Indian journal of veterinary science and animal husbandry - Volume 12,
Year: 1942
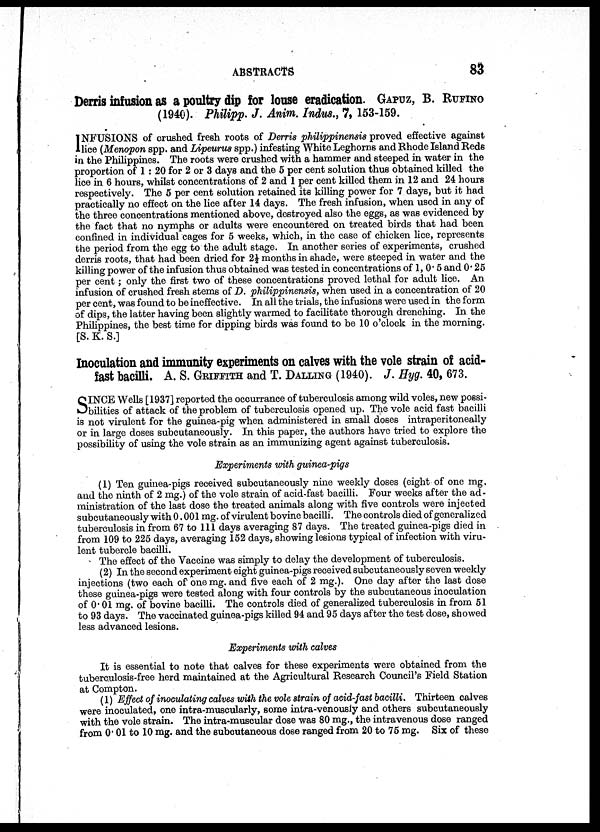
ABSTRACTS
83
Derris infusion as a poultry dip for louse eradication. GAPUZ, B. RUFINO
(1940). Philipp. J. Anim. Indus., 7, 153-159.
I NFUSIONS of crushed fresh roots of Derris philippinensis proved effective against
lice (Menopon spp. and Lipeurus spp.) infesting White Leghorns and Rhode Island Reds
in the Philippines. The roots were crushed with a hammer and steeped in water in the
proportion of 1 : 20 for 2 or 3 days and the 5 per cent solution thus obtained killed the
lice in 6 hours, whilst concentrations of 2 and 1 per cent killed them in 12 and 24 hours
respectively. The 5 per cent solution retained its killing power for 7 days, but it had
practically no effect on the lice after 14 days. The fresh infusion, when used in any of
the three concentrations mentioned above, destroyed also the eggs, as was evidenced by
the fact that no nymphs or adults were encountered on treated birds that had been
confined in individual cages for 5 weeks, which, in the case of chicken lice, represents
the period from the egg to the adult stage. In another series of experiments, crushed
derris roots, that had been dried for 2½ months in shade, were steeped in water and the
killing power of the infusion thus obtained was tested in concentrations of 1, 0.5 and 0.25
per cent; only the first two of these concentrations proved lethal for adult lice. An
infusion of crushed fresh stems of D. philippinensis, when used in a concentration of 20
per cent, was found to be ineffective. In all the trials, the infusions were used in the form
of dips, the latter having been slightly warmed to facilitate thorough drenching. In the
Philippines, the best time for dipping birds was found to be 10 o'clock in the morning.
[S. K. S.]
Inoculation and immunity experiments on calves with the vole strain of acid-
fast bacilli. A. S. GRIFFITH and T. DALLING (1940). J. Hyg. 40, 673.
S INCE Wells [1937] reported the occurrance of tuberculosis among wild voles, new possi-
bilities of attack of the problem of tuberculosis opened up. The vole acid fast bacilli
is not virulent for the guinea-pig when administered in small doses intraperitoneally
or in large doses subcutaneously. In this paper, the authors have tried to explore the
possibility of using the vole strain as an immunizing agent against tuberculosis.
Experiments with guinea-pigs
(1) Ten guinea-pigs received subcutaneously nine weekly doses (eight of one mg.
and the ninth of 2 mg.) of the vole strain of acid-fast bacilli. Four weeks after the ad-
ministration of the last dose the treated animals along with five controls were injected
subcutaneously with 0.001 mg. of virulent bovine bacilli. The controls died of generalized
tuberculosis in from 67 to 111 days averaging 87 days. The treated guinea-pigs died in
from 109 to 225 days, averaging 152 days, showing lesions typical of infection with viru-
lent tubercle bacilli.
The effect of the Vaccine was simply to delay the development of tuberculosis.
(2) In the second experiment eight guinea-pigs received subcutaneously seven weekly
injections (two each of one mg. and five each of 2 mg.). One day after the last dose
these guinea-pigs were tested along with four controls by the subcutaneous inoculation
of 0.01 mg. of bovine bacilli. The controls died of generalized tuberculosis in from 51
to 93 days. The vaccinated guinea-pigs killed 94 and 95 days after the test dose, showed
less advanced lesions.
Experiments with calves
It is essential to note that calves for these experiments were obtained from the
tuberculosis-free herd maintained at the Agricultural Research Council's Field Station
at Compton.
(1) Effect of inoculating calves with the vole strain of acid-fast bacilli. Thirteen calves
were inoculated, one intra-muscularly, some intra-venously and others subcutaneously
with the vole strain. The intra-muscular dose was 80 mg., the intravenous dose ranged
from 0.01 to 10 mg. and the subcutaneous dose ranged from 20 to 75 mg. Six of these